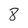
Character: 8